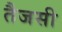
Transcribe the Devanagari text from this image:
तैजसी